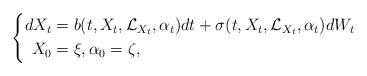
LaTeX: \begin{align*}\left\{\begin{aligned}dX_t&= b(t,X_t,\mathcal{L}_{X_t},\alpha_t)dt+ \sigma(t,X_t,\mathcal{L}_{X_t},\alpha_t)dW_t\\X_0&= \xi, \alpha_0= \zeta,\end{aligned}\right.\end{align*}